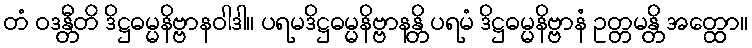
တံ ဝဒန္တီတိ ဒိဋ္ဌဓမ္မနိဗ္ဗာနဝါဒါ။ ပရမဒိဋ္ဌဓမ္မနိဗ္ဗာနန္တိ ပရမံ ဒိဋ္ဌဓမ္မနိဗ္ဗာနံ ဥတ္တမန္တိ အတ္ထော။